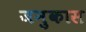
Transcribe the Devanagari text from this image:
जनुकास